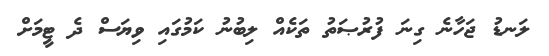
ލަނޑު ޖަހާނެ ގިނަ ފުރުޞަތު ތަކެއް ލިބުނު ކަމުގައި ވިޔަސް ދެ ޓީމަށް